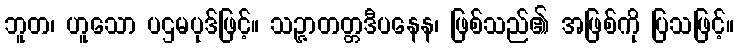
ဘူတ၊ ဟူသော ပဌမပုဒ်ဖြင့်။ သဉ္ဇာတတ္တဒီပနေန၊ ဖြစ်သည်၏ အဖြစ်ကို ပြသဖြင့်။